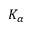
K _ { \alpha }